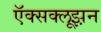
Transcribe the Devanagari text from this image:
ऍक्सक्लूझ़न